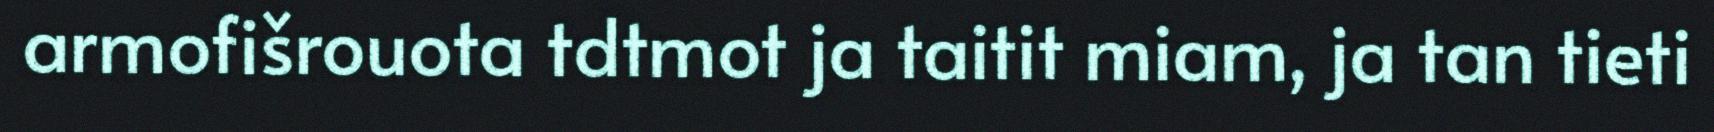
armofišrouota tdtmot ja taitit miam, ja tan tieti